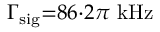
\Gamma _ { \mathrm { s i g } } { = } 8 6 { \cdot } 2 \pi \ \mathrm { k H z }